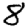
Digit: 8